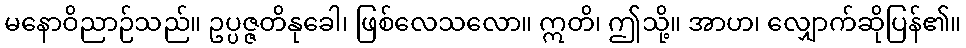
မနောဝိညာဉ်သည်။ ဥပ္ပဇ္ဇတိနုခေါ၊ ဖြစ်လေသလော။ ဣတိ၊ ဤသို့။ အာဟ၊ လျှောက်ဆိုပြန်၏။